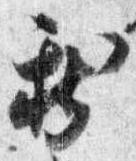
新